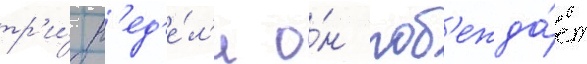
тр'и́ н'ед'е́л'и о́н поб'ежда́ет